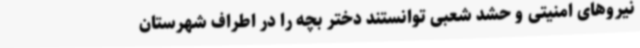
نیروهای امنیتی و حشد شعبی توانستند دختر بچه‌ را در اطراف شهرستان